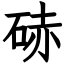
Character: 硳